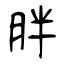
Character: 胖